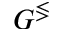
G ^ { \lessgtr }